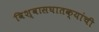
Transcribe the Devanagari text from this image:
विश्वासघातक्यांची